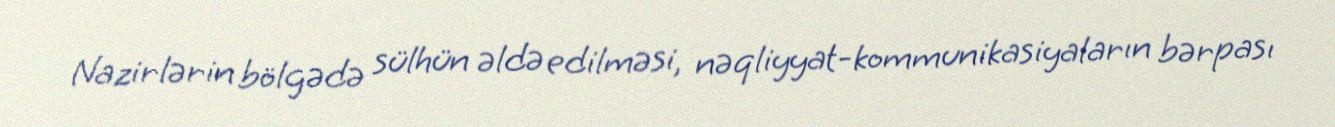
Nazirlərin bölgədə sülhün əldə edilməsi, nəqliyyat-kommunikasiyaların bərpası